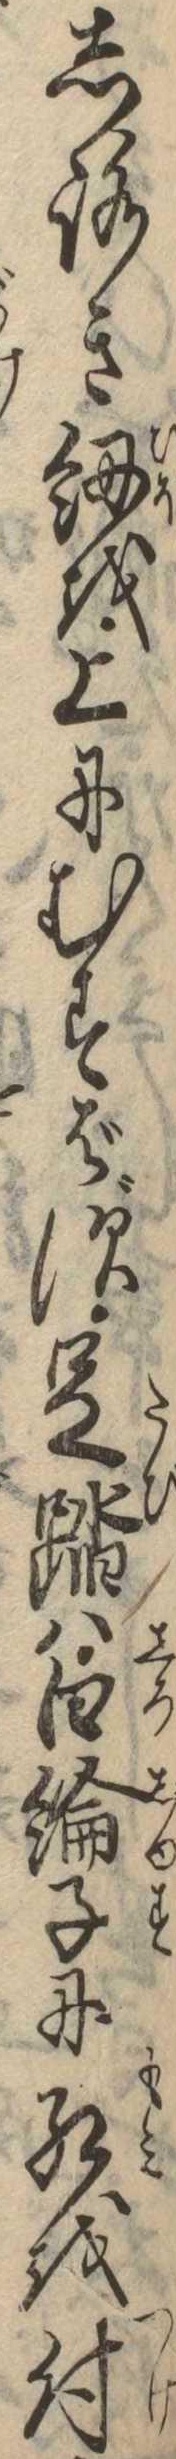
しろきを上にむすばず足踏は白綸子に紅を付